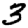
Digit: 3